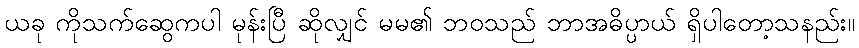
ယခု ကိုသက်ဆွေကပါ မုန်းပြီ ဆိုလျှင် မမ၏ ဘဝသည် ဘာအဓိပ္ပာယ် ရှိပါတော့သနည်း။